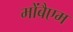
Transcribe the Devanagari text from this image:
मोंबैएम